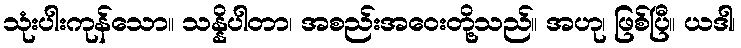
သုံးပါးကုန်သော။ သန္နိပါတာ၊ အစည်းအဝေးတို့သည်။ အဟု၊ ဖြစ်ပြီ။ ယဒါ၊